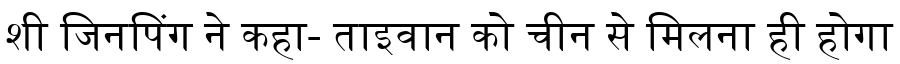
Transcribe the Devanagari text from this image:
शी जिनपिंग ने कहा- ताइवान को चीन से मिलना ही होगा